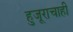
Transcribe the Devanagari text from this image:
हुजूराचाही